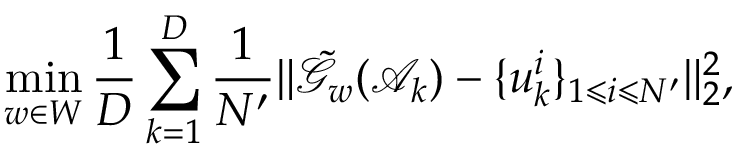
\operatorname* { m i n } _ { w \in W } \frac { 1 } { D } \sum _ { k = 1 } ^ { D } \frac { 1 } { N ^ { \prime } } \| \tilde { \mathcal { G } } _ { w } ( \mathcal { A } _ { k } ) - \{ u _ { k } ^ { i } \} _ { 1 \leqslant i \leqslant N ^ { \prime } } \| _ { 2 } ^ { 2 } ,